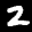
Label: 2